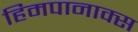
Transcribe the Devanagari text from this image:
हिमपानाक्स